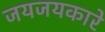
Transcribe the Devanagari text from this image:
जयजयकारे